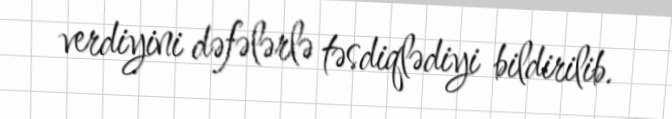
verdiyini dəfələrlə təsdiqlədiyi bildirilib.